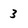
Character: 3